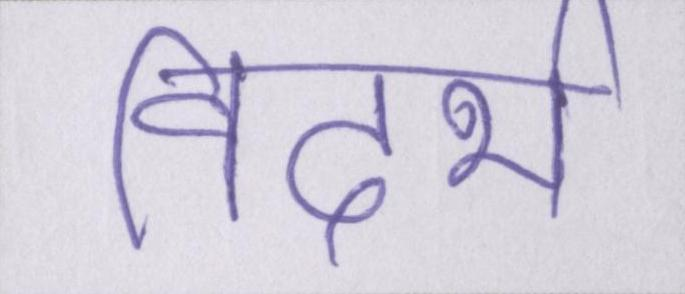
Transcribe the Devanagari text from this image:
विदर्भ